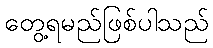
တွေ့ရမည်ဖြစ်ပါသည်